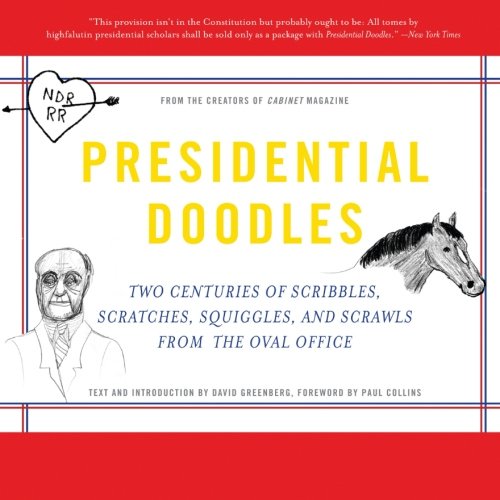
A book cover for Presidential Doodles: Two Centuries of Scribbles, Scratches, Squiggles, and Scrawls from the Oval Office squiggles & scrawls from the Oval Office; Cabinet Magazine; Humor & Entertainment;